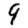
Digit: 9